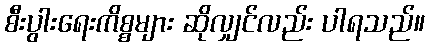
စီးပွါးရေးကိစ္စများ ဆိုလျှင်လည်း ပါရသည်။